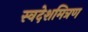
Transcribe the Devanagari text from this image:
स्वदेशमित्रण